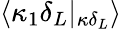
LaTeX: \langle\kappa_{1}\delta_{L}|_{\kappa\delta_{L}}\rangle